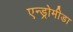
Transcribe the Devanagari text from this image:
एन्ड्रोमीडा